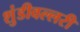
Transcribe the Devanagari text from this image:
शुंडीवल्लरी